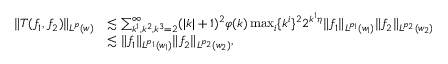
\begin{array} { r l } { \| T ( f _ { 1 } , f _ { 2 } ) \| _ { L ^ { p } ( w ) } } & { \lesssim \sum _ { k ^ { 1 } , k ^ { 2 } , k ^ { 3 } = 2 } ^ { \infty } ( | k | + 1 ) ^ { 2 } \varphi ( k ) \operatorname* { m a x } _ { i } \{ k ^ { i } \} ^ { 2 } 2 ^ { k ^ { 1 } \eta } \| f _ { 1 } \| _ { L ^ { p _ { 1 } } ( w _ { 1 } ) } \| f _ { 2 } \| _ { L ^ { p _ { 2 } } ( w _ { 2 } ) } } \\ & { \lesssim \| f _ { 1 } \| _ { L ^ { p _ { 1 } } ( w _ { 1 } ) } \| f _ { 2 } \| _ { L ^ { p _ { 2 } } ( w _ { 2 } ) } , } \end{array}